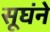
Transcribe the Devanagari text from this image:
सूघंने